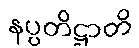
နပ္ပတိဋ္ဌာတိ